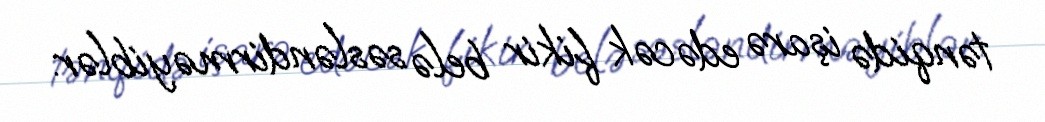
tənqidə işarə edəcək fikir belə səsləndirməyiblər.